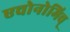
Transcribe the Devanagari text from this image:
एचोनोमिच्